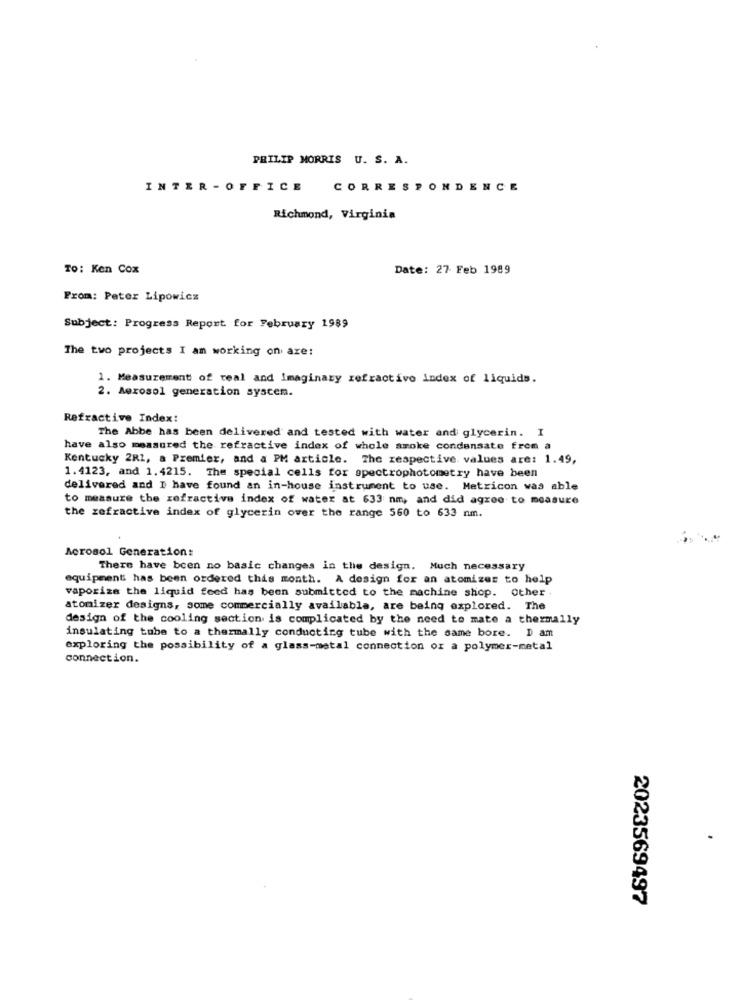
PRILIP MORRIS U. S. A.
INTER-OFFICE
CORRESPONDENCE
Richmond, Virginia
TO: Ken Cox
Date: 27 Feb 1989
From: Peter Lipowicz
Subject: Progress Report for February 1989
The two projects I am working on are:
1. Measurement of real and Imaginary refractive index of liquids.
2. Aerosol generation system.
Refractive Index:
The Abbe has been delivered and tested with water and glycerin. I
have also measured the refractive index of whole smoke condensate from a
Kentucky 2R1, a Premier, and a PM article. The respective. values are: 1.49,
1.4123, and 1.4215. The special cells for spectrophotometry have been
delivered and I have found an in-house instrument to use. Metricon was able
to measure the refractive index of water at 633 nm, and did agree to measure
the refractive index of glycerin over the range 560 to 633 nm.
Aerosol Generation:
There have been no basic changes in the design. Much necessary
equipment has been ordered this month. A design for an atomizer to help
vaporize the liquid feed has been submitted to the machine shop. other
atomizer designs, some commercially available, are being explored. The
design of the cooling section is complicated by the need to mate a thermally
insulating tube to a thermally conducting tube with the same bore. D am
exploring the possibility of a glass-metal connection or a polymer-metal
connection.
2023569497